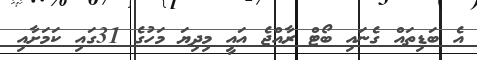
އެ ބަޑިތައް ގެނައި ބޯޓް ރާއްޖެ އައީ މިދިޔަ މަހުގެ 31ގައި ކަމަށާއި